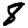
Digit: 8